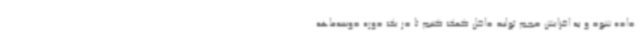
داده شود و به افزایش حجم تولید داخل کمک کنیم تا در یک دوره دوسه‌ماهه